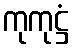
ကုကုဋ္ဌံ